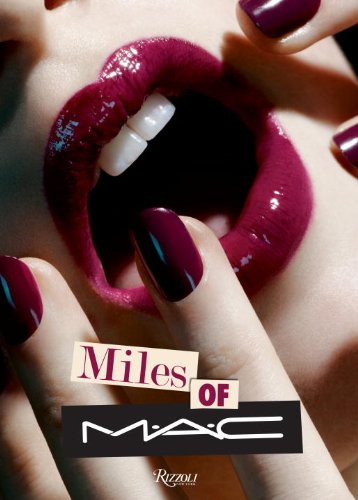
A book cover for Miles of MAC; James Gager; Humor & Entertainment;